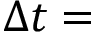
\Delta t =